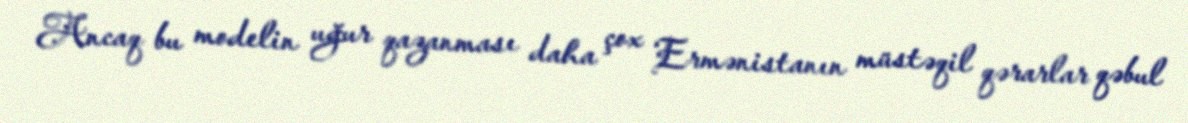
Ancaq bu modelin uğur qazanması daha çox Ermənistanın müstəqil qərarlar qəbul